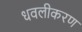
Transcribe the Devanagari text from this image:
धवलीकरण